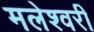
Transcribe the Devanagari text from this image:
मलेश्वरी